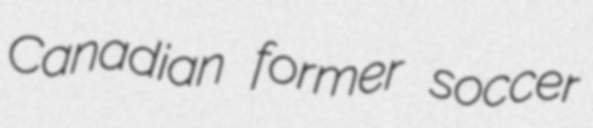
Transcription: Canadian former soccer